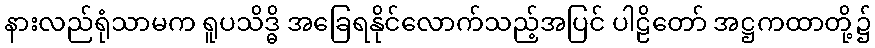
နားလည်ရုံသာမက ရူပသိဒ္ဓိ အခြေရနိုင်လောက်သည့်အပြင် ပါဠိတော် အဋ္ဌကထာတို့၌